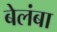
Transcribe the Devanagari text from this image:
बेलंबा